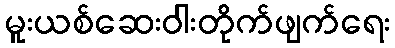
မူးယစ်ဆေးဝါးတိုက်ဖျက်ရေး